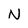
Character: N